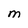
Character: M